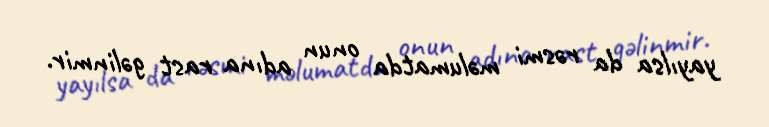
yayılsa da rəsmi məlumatda onun adına rast gəlinmir.